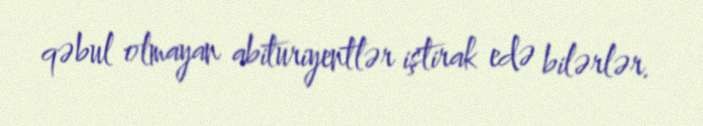
qəbul olmayan abituriyentlər iştirak edə bilərlər.